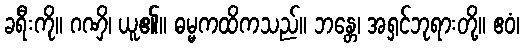
ခရီးကို။ ဂဏှိ၊ ယူ၏။ ဓမ္မကထိကသည်။ ဘန္တေ၊ အရှင်ဘုရားတို့။ ဧဝံ၊